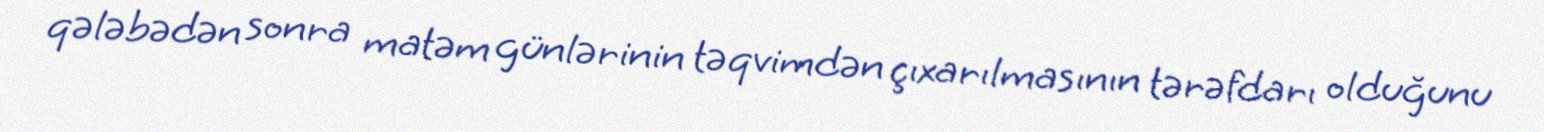
qələbədən sonra matəm günlərinin təqvimdən çıxarılmasının tərəfdarı olduğunu